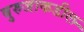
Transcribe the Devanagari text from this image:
बुरुजाकडील